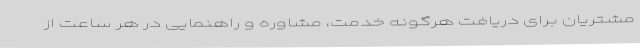
مشتریان برای دریافت هرگونه خدمت، مشاوره و راهنمایی در هر ساعت از